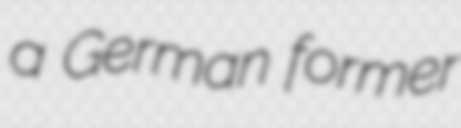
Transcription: a German former